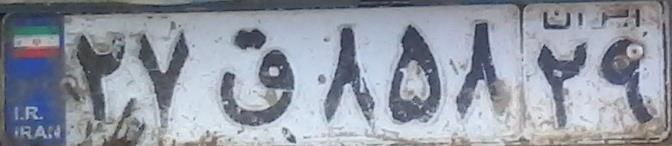
۲۷ق۸۵۸۲۹